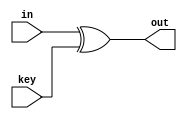
module Add_Round_Key(
	input [127:0] in,
	input [127:0] key,
	output [127:0] out
);

	assign out = in ^ key;
endmodule